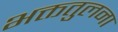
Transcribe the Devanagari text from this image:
भक्ततुलना